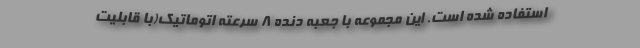
استفاده شده است. این مجموعه با جعبه دنده 8 سرعته اتوماتیک(با قابلیت